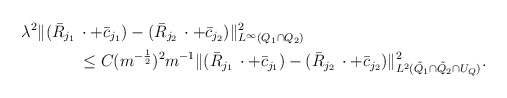
\begin{align*} \lambda^2\Vert (\bar{R}_{j_1} \, & \cdot + \bar{c}_{j_1}) - (\bar{R}_{j_2} \, \cdot + \bar{c}_{j_2})\Vert^2_{L^\infty(Q_1 \cap Q_2)} \\& \le C(m^{-\frac{1}{2}})^2 m^{-1} \Vert (\bar{R}_{j_1} \, \cdot + \bar{c}_{j_1}) - (\bar{R}_{j_2} \, \cdot + \bar{c}_{j_2})\Vert^2_{L^2(\tilde{Q}_1 \cap \tilde{Q}_2 \cap U_Q)}. \end{align*}